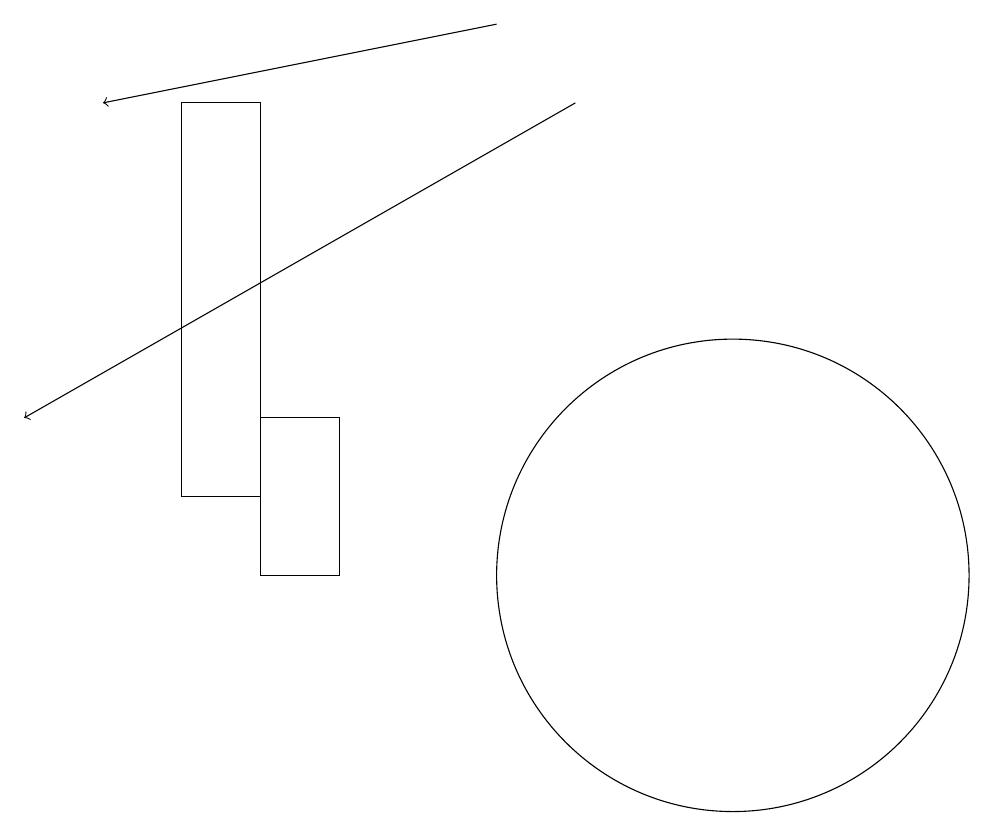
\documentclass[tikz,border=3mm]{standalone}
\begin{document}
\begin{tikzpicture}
\draw (4,17) rectangle (3,12);
\draw (10,11) circle (3);
\draw[->] (7,18) -- (2,17);
\draw (4,13) rectangle (5,11);
\draw[->] (8,17) -- (1,13);
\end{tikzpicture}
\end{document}